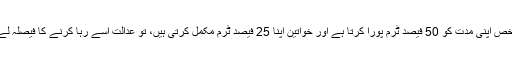
اگر کوئی شخص اپنی مدت کو 50 فیصد ٹرم پورا کرتا ہے اور خواتین اپنا 25 فیصد ٹرم مکمل کرتی ہیں، تو عدالت اسے رہا کرنے کا فیصلہ لے سکتی ہے۔